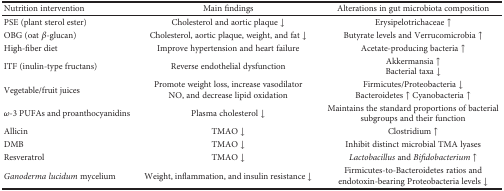
<table><thead><tr><td><b>Nutrition intervention</b></td><td><b>Main findings</b></td><td><b>Alterations in gut microbiota composition</b></td></tr></thead><tbody><tr><td>PSE (plant sterol ester)</td><td>Cholesterol and aortic plaque ↓</td><td>Erysipelotrichaceae ↑</td></tr><tr><td>OBG (oat <i>β</i>-glucan)</td><td>Cholesterol, aortic plaque, weight, and fat ↓</td><td>Butyrate levels and Verrucomicrobia ↑</td></tr><tr><td>High-fiber diet</td><td>Improve hypertension and heart failure</td><td>Acetate-producing bacteria ↑</td></tr><tr><td>ITF (inulin-type fructans)</td><td>Reverse endothelial dysfunction</td><td>Akkermansia ↑Bacterial taxa ↓</td></tr><tr><td>Vegetable/fruit juices</td><td>Promote weight loss, increase vasodilator NO, and decrease lipid oxidation</td><td>Firmicutes/Proteobacteria ↓Bacteroidetes ↑ Cyanobacteria ↑</td></tr><tr><td><i>ω</i>-3 PUFAs and proanthocyanidins</td><td>Plasma cholesterol ↓</td><td>Maintains the standard proportions of bacterial subgroups and their function</td></tr><tr><td>Allicin</td><td>TMAO ↓</td><td>Clostridium ↑</td></tr><tr><td>DMB</td><td>TMAO ↓</td><td>Inhibit distinct microbial TMA lyases</td></tr><tr><td>Resveratrol</td><td>TMAO ↓</td><td><i>Lactobacillus</i> and <i>Bifidobacterium</i> ↑</td></tr><tr><td><i>Ganoderma lucidum</i> mycelium</td><td>Weight, inflammation, and insulin resistance ↓</td><td>Firmicutes-to-Bacteroidetes ratios and endotoxin-bearing Proteobacteria levels ↓</td></tr></tbody></table>